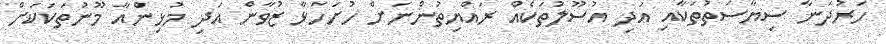
ހަރުދަނާ ސިޔާސަތުތަކާއި އަދި އުސޫލުތަކެއް ރައްޔިތުންނަށް ހުށަހަޅާ ޒުވާން އަދި މުޅިންއާ މޫނުތަކަކަށް